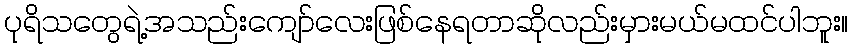
ပုရိသတွေရဲ့အသည်းကျော်လေးဖြစ်နေရတာဆိုလည်းမှားမယ်မထင်ပါဘူး။